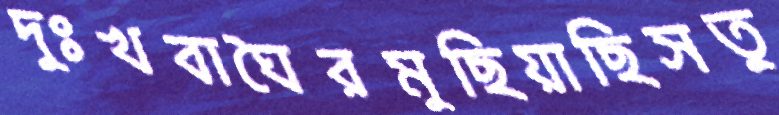
দুঃখবাঘৈরমুছিয়াছিসতু